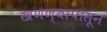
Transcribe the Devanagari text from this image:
खणण्यापासून